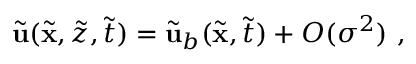
\tilde { \mathbf { u } } ( \tilde { \mathbf { x } } , \tilde { z } , \tilde { t } ) = \tilde { \mathbf { u } } _ { b } ( \tilde { \mathbf { x } } , \tilde { t } ) + O ( \sigma ^ { 2 } ) \ ,